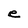
Character: e